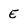
Character: E